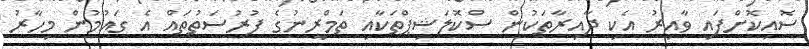
ސޮއިކޮށްފައި ވާއިރު އެކި ދާއިރާތަކުން ސްކޮލަޝިޕްތަކާއި ތަމްރީނުގެ ފުރުސަތުތައް އެ ގައުމުން މިހާރު